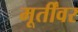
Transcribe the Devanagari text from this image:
मूर्तींवर